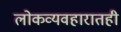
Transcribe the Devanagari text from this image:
लोकव्यवहारातही